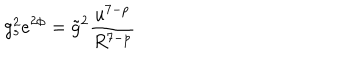
g _ { s } ^ { 2 } e ^ { 2 \phi } = \tilde { g } ^ { 2 } \frac { u ^ { 7 - p } } { R ^ { 7 - p } }